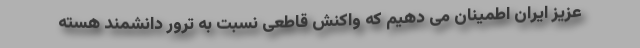
عزیز ایران اطمینان می دهیم که واکنش قاطعی نسبت به ترور دانشمند هسته